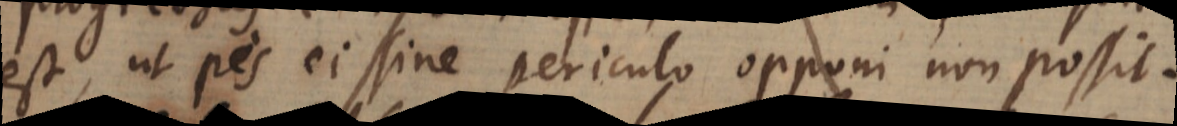
est, ut pes ei sine periculo opponi non possit.